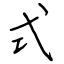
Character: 式